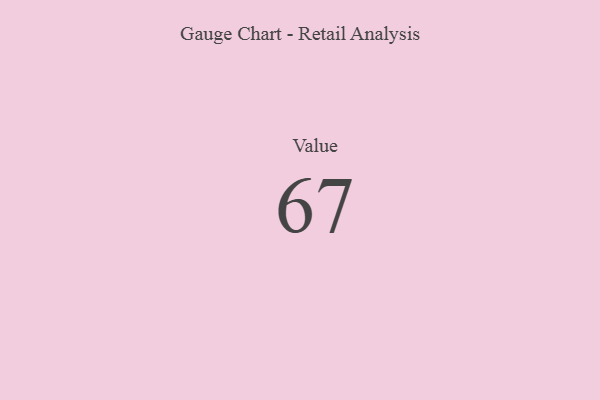
{"axis": {"x": "Metric", "y": "Value"}, "legend": [""], "data": [{"x": "Value", "y": 67, "type": ""}]}